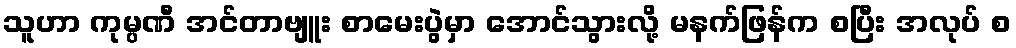
သူဟာ ကုမ္ပဏီ အင်တာဗျူး စာမေးပွဲမှာ အောင်သွားလို့ မနက်ဖြန်က စပြီး အလုပ် စ